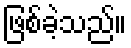
ဖြစ်ခဲ့သည်။